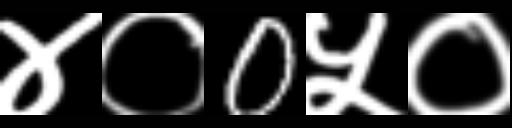
Text: ४०0५०